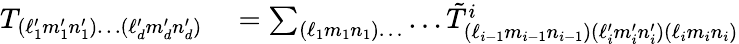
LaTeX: \begin{array}{rl}{T_{(\ell_{1}^{\prime}m_{1}^{\prime}n_{1}^{\prime})\ldots(\ell_{d}^{\prime}m_{d}^{\prime}n_{d}^{\prime})}}&{{}=\sum_{(\ell_{1}m_{1}n_{1})\ldots}\ldots\tilde{T}_{(\ell_{i-1}m_{i-1}n_{i-1})(\ell_{i}^{\prime}m_{i}^{\prime}n_{i}^{\prime})(\ell_{i}m_{i}n_{i})}^{i}}\end{array}